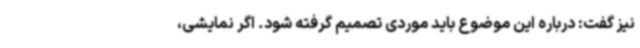
نیز گفت: درباره این موضوع باید موردی تصمیم گرفته شود. اگر نمایشی،